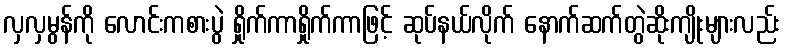
လှလှမွန်ကို လောင်းကစားပွဲ ရှိုက်ကာရှိုက်ကာဖြင့် ဆုပ်နယ်လိုက် နောက်ဆက်တွဲဆိုးကျိုးများလည်း